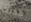
كذلك